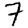
Digit: 7